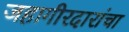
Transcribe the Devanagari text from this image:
जहागीरदारांचा